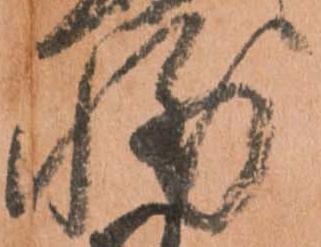
輔